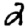
Digit: 2